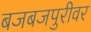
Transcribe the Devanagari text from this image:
बजबजपुरीवर